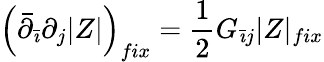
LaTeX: \left(\bar{\partial}_{\bar{\imath}}\partial_{j}|Z|\right)_{fix}=\frac{1}{2}G_{\bar{\imath}j}|Z|_{fix}